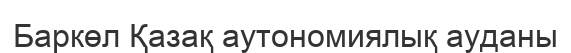
Баркөл Қазақ аутономиялық ауданы